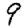
Digit: 9